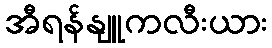
အီရန်နျူကလီးယား